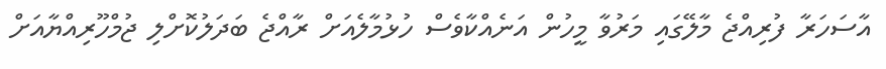
އާސަހަރާ ފުރިއްޖެ މާލޭގައި މަރުވާ މީހުން އަނެއްކާވެސް ހުޅުމާލެއަށް ރާއްޖެ ބަދަލުކޮށްލި ޖުމްހޫރިއްޔާއަށް